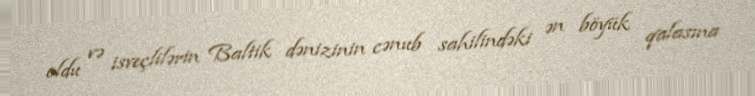
oldu və isveçlilərin Baltik dənizinin cənub sahilindəki ən böyük qalasına